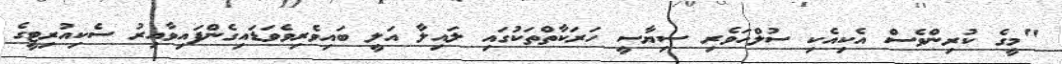
"މީގެ ކުރިންވެސް އެކިއެކި ސުލްހަވެރި ސިޔާސީ ހަރަކާތްތަކުގައި ލައިލާ އަލީ ބައިވެރިވެވަޑައިގެންފައިވާއިރު ސެކިއުރިޓީގެ